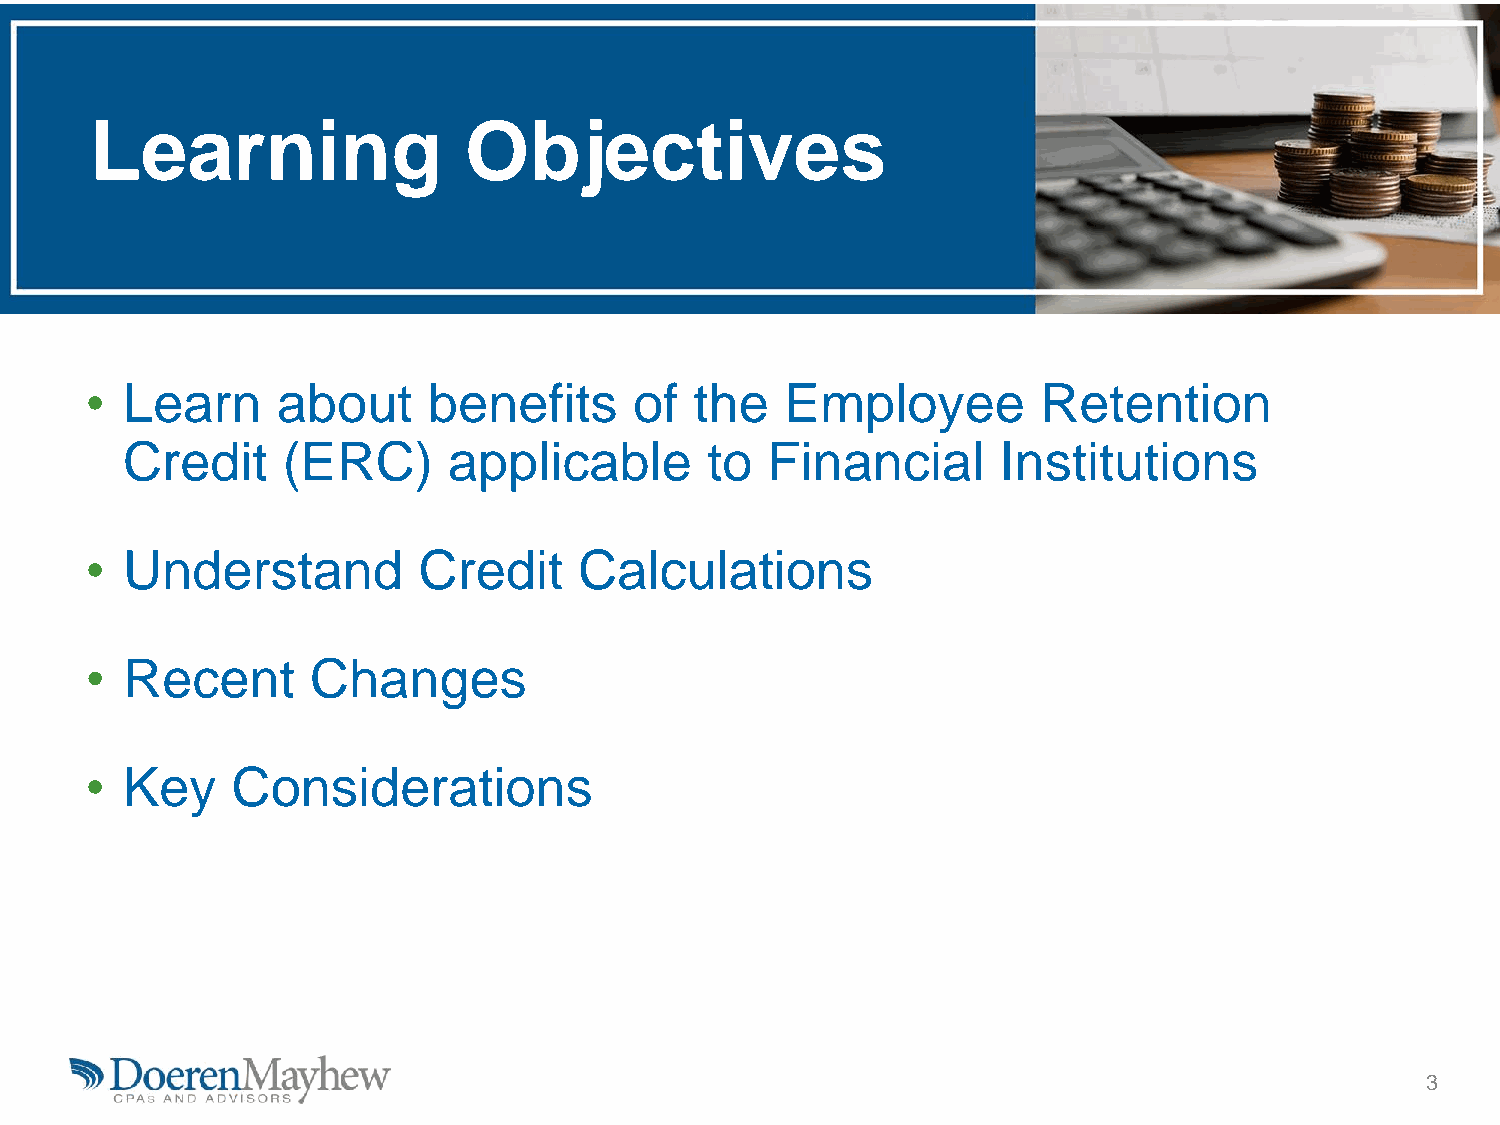
Learning                 Objectives
 • Learn     about     benefits      of  the   Employee         Retention
 Credit     (ERC)      applicable       to  Financial      Institutions
 • Understand          Credit    Calculations
 • Recent       Changes
 • Key    Considerations
 3